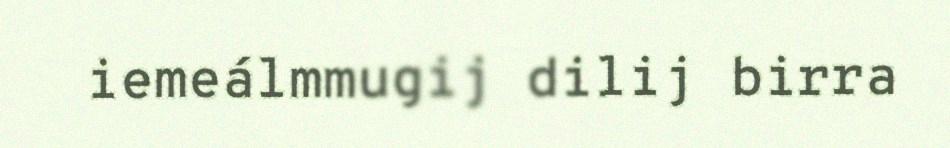
iemeálmmugij dilij birra